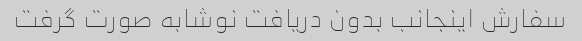
سفارش اینجانب بدون دریافت نوشابه صورت گرفت